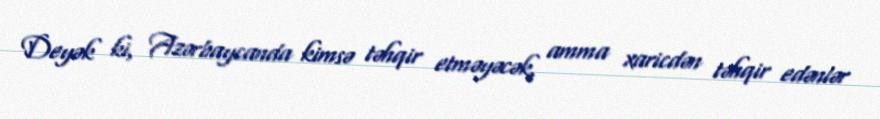
Deyək ki, Azərbaycanda kimsə təhqir etməyəcək, amma xaricdən təhqir edənlər